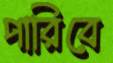
পারিবে